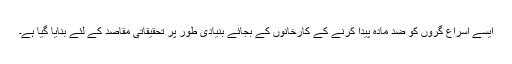
ایسے اسراع گروں کو ضد مادّہ پیدا کرنے کے کارخانوں کے بجائے بنیادی طور پر تحقیقاتی مقاصد کے لئے بنایا گیا ہے۔